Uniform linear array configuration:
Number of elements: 16
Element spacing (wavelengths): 0.25
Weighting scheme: blackman
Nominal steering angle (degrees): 30
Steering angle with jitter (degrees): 28.938
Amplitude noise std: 0.05
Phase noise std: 0.05

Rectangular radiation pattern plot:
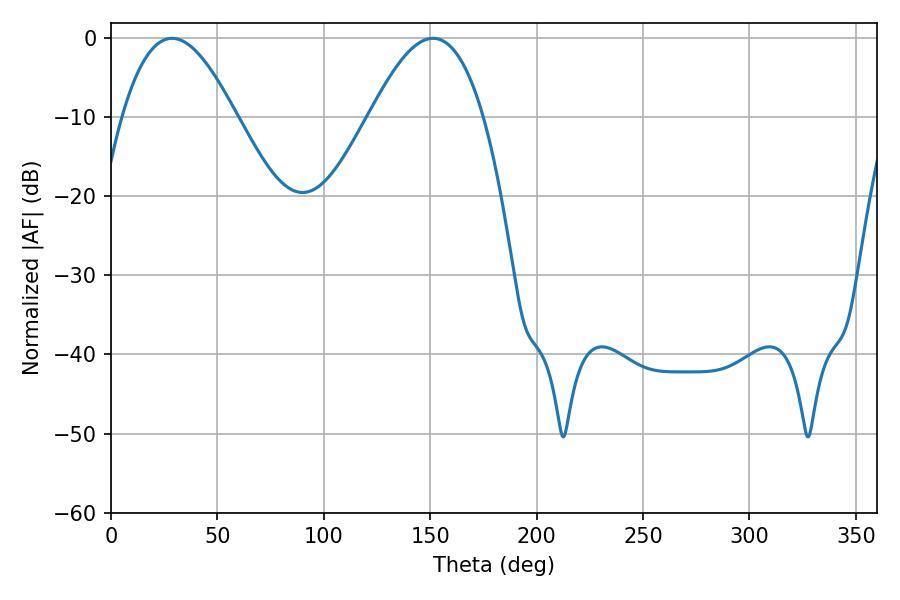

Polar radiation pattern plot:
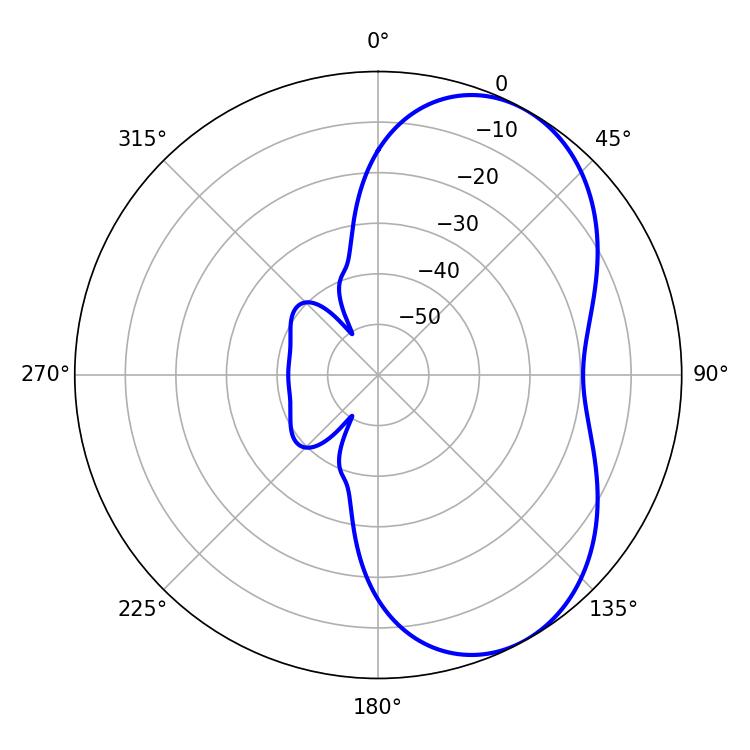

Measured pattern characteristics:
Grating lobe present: FALSE
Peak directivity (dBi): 5.508
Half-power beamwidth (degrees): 29.16
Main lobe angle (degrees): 28.62